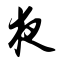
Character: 夜